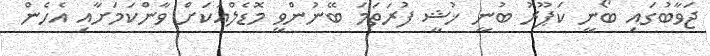
ޖަވާބުގައި ބޯނީ ކަޕޫރު ބުނީ ޚުޝީ ފުރަތަމަ ބޭނުންވީ މޮޑެލްއަކަށް ވާންކަމަށާއި އެހެން